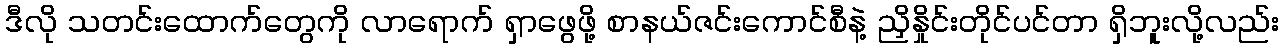
ဒီလို သတင်းထောက်တွေကို လာရောက် ရှာဖွေဖို့ စာနယ်ဇင်းကောင်စီနဲ့ ညှိနှိုင်းတိုင်ပင်တာ ရှိဘူးလို့လည်း